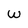
Character: W